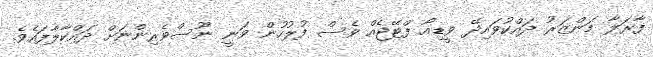
ފާރަލާ މަންޒަރު ދައްކުވައިދޭ ވީޑިއޯ ފްޓޭޖެއް ވެސް ފުލުހުން ވަނީ ނޫސްވެރިންނަށް ދައްކާލާފައެވެ.